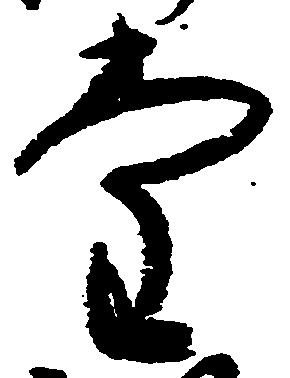
堂